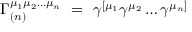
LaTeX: \Gamma _ { ( n ) } ^ { \mu _ { 1 } \mu _ { 2 } \ldots \mu _ { n } } ~ = ~ \gamma ^ { [ \mu _ { 1 } } \gamma ^ { \mu _ { 2 } } \ldots \gamma ^ { \mu _ { n } ] }